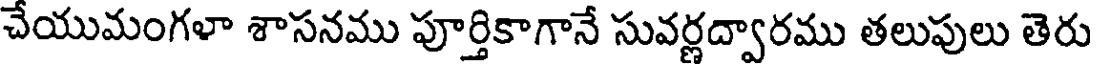
చేయుమంగళా శాసనము పూర్తికాగానే సువర్ణద్వారము తలుపులు తెరు